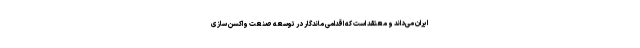
ایران می‌داند و معتقد است که اقدامی ماندگار در توسعه صنعت واکسن سازی